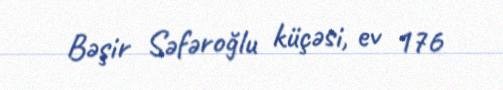
Bəşir Səfəroğlu küçəsi, ev 176